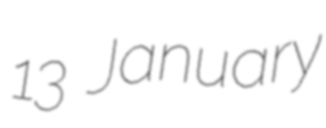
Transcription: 13 January